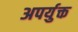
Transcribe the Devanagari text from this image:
अपर्युक्त